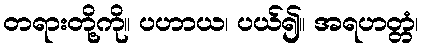
တရားတို့ကို။ ပဟာယ၊ ပယ်၍။ အရဟတ္တံ၊